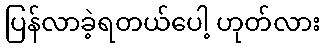
ပြန်လာခဲ့ရတယ်ပေါ့ ဟုတ်လား